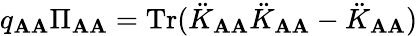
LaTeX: q_{\mathbf{A}\mathbf{A}}\Pi_{\mathbf{A}\mathbf{A}}=\mathrm{{Tr}}(\ddot{{K}}_{\mathbf{A}\mathbf{A}}\ddot{{K}}_{\mathbf{A}\mathbf{A}}-\ddot{{K}}_{\mathbf{A}\mathbf{A}})